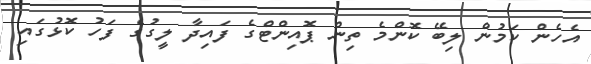
އެހެން ކަމުން ލިބޭ ކޮންމެ ތިން ޕޮއިންޓްގެ ފައިދާ ލީގުގެ ފަހު ކޮޅުގައި